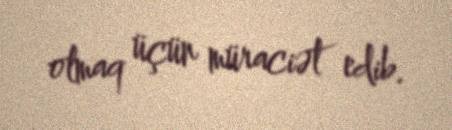
olmaq üçün müraciət edib.